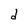
Character: d